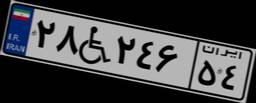
۷۴W۷۱۴۷۲